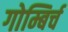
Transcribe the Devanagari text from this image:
गोम्बिर्च